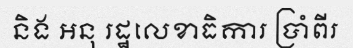
និង អនុ រដ្ឋលេខាធិការ ប្រាំពីរ